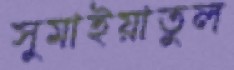
সুমাইয়াতুল